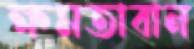
ক্ষমতাবান